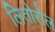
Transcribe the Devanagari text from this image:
लितोरोल